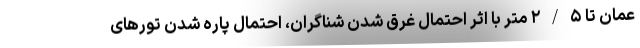
عمان تا ۲/۵ متر با اثر احتمال غرق شدن شناگران، احتمال پاره شدن تورهای